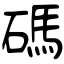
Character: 碼